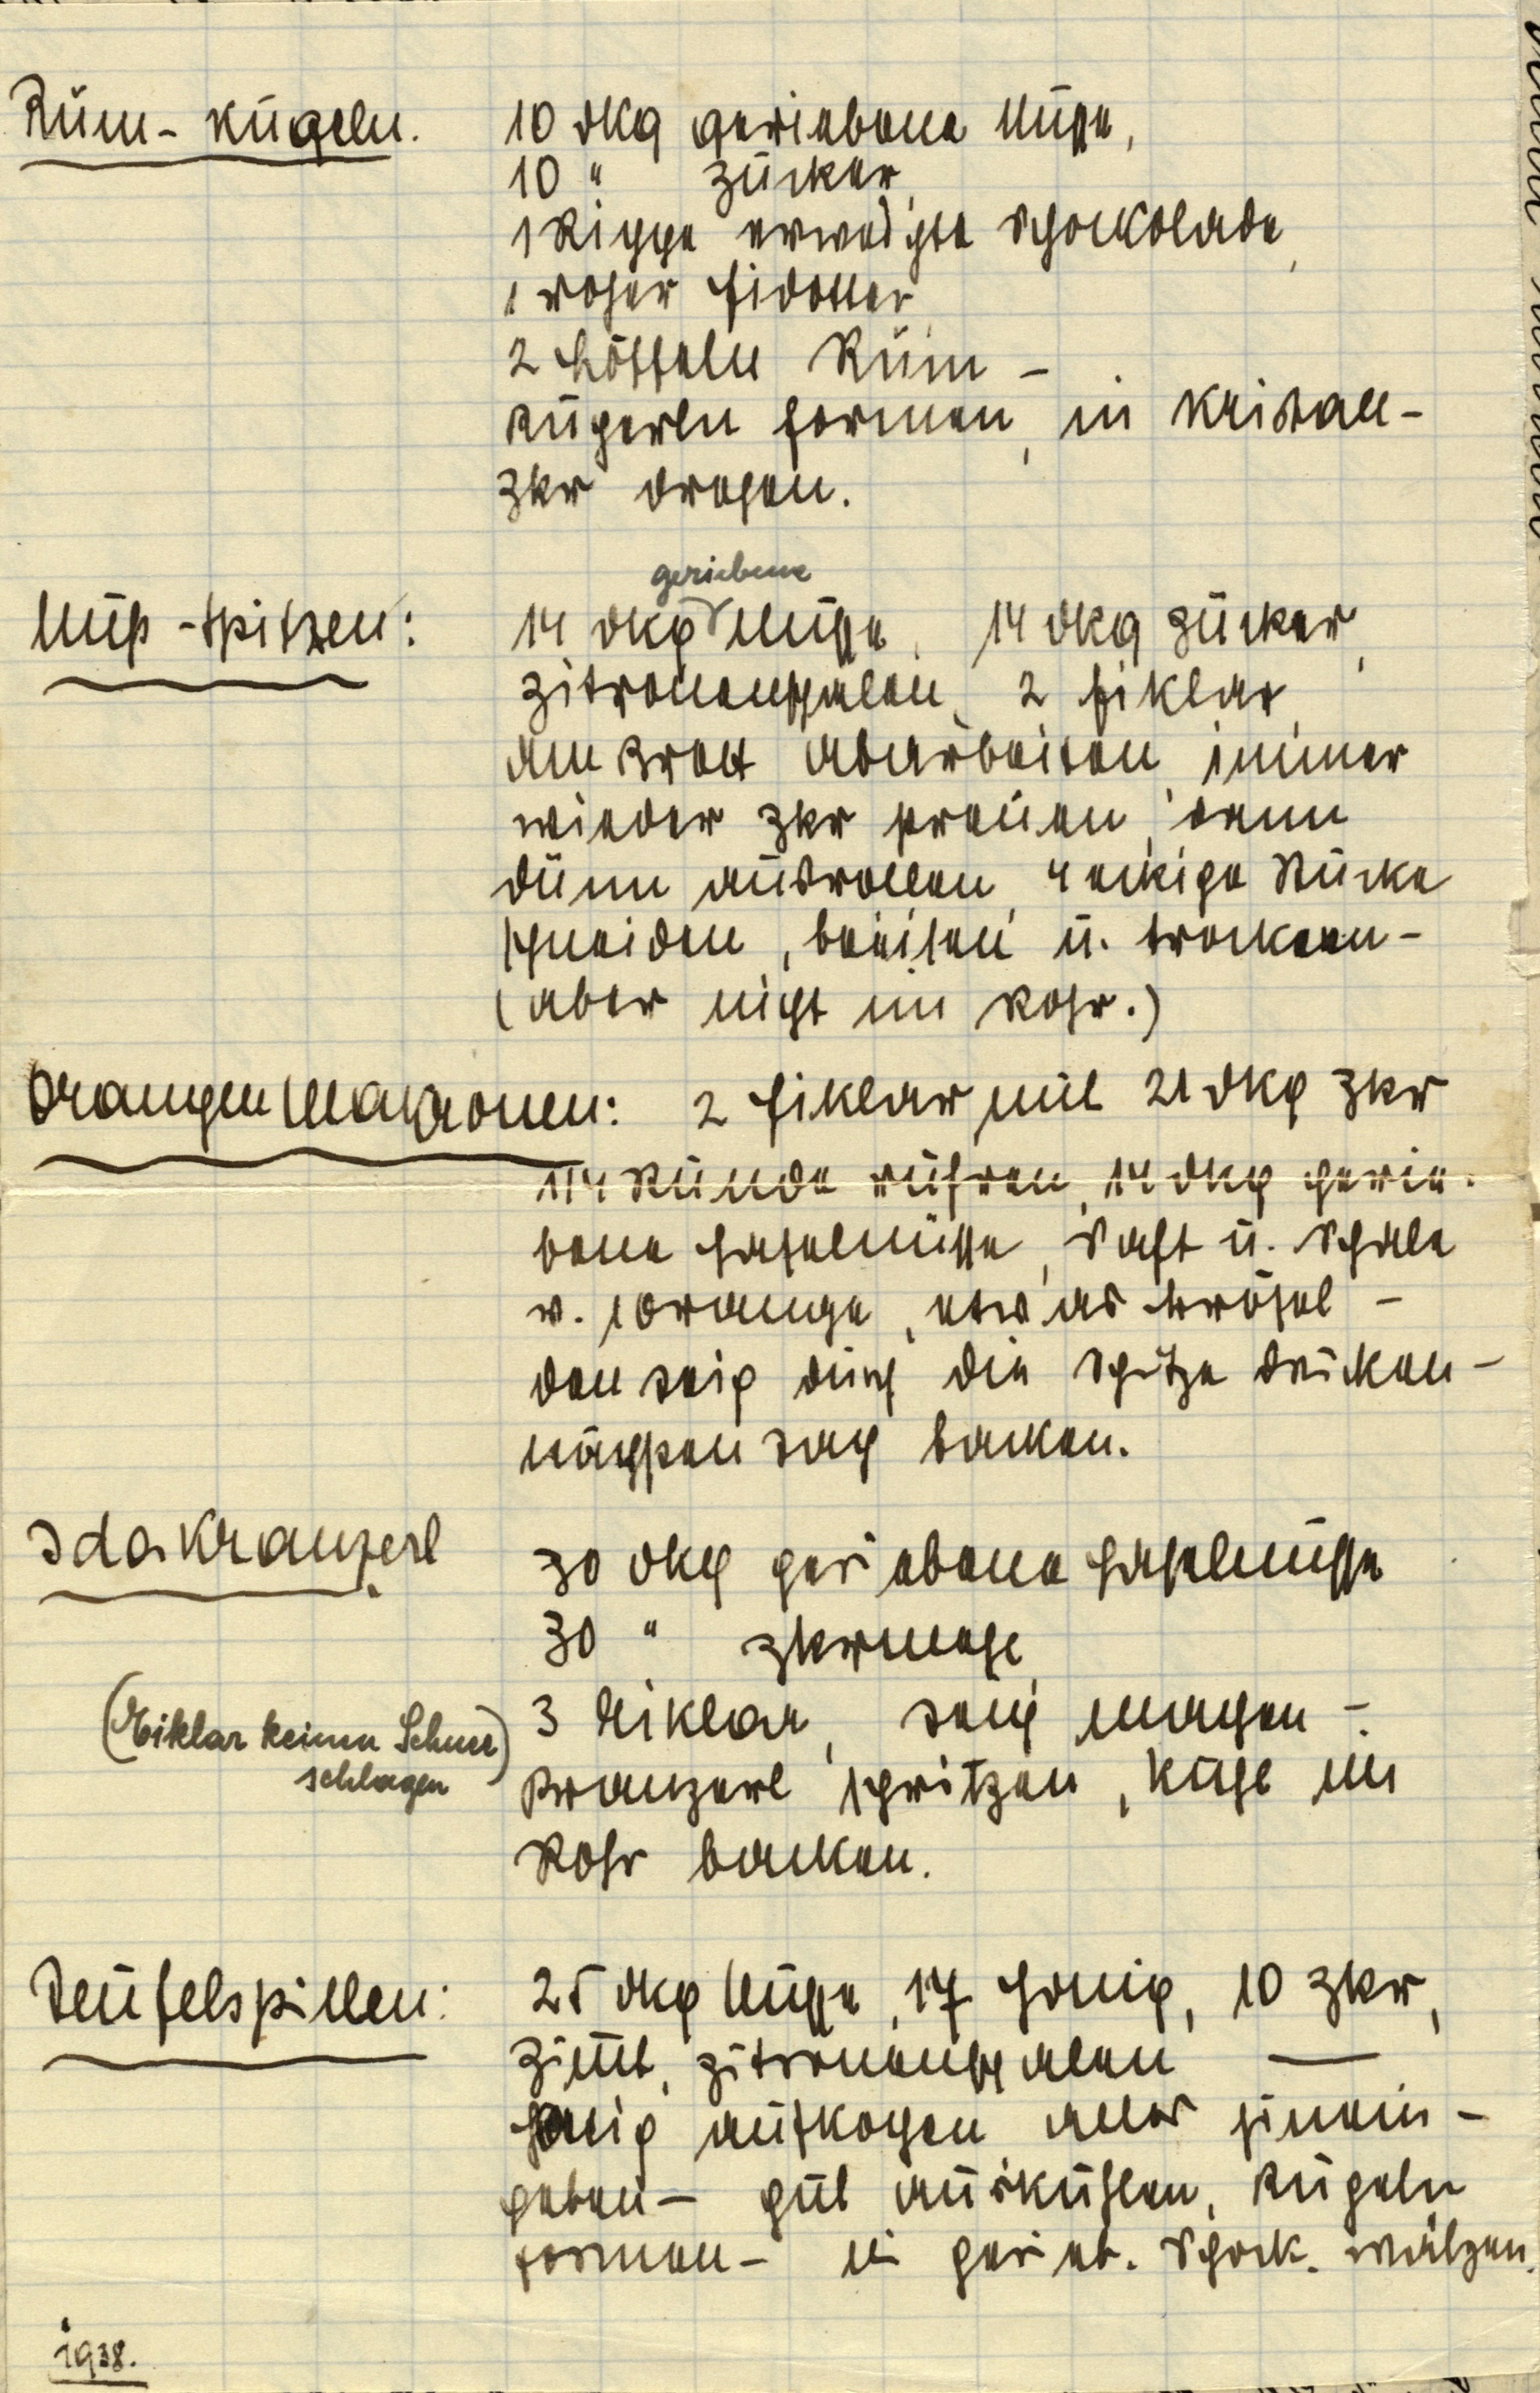
Rum-Kugeln. 10 dkg geriebene Nüsse,
10 " Zucker,
1 Rippe erweichte Schockolade,
1 roher Eidotter,
2 Löffeln Rum —
Kugerln formen, in Kristall¬
Zkr drehen.

Nuß-Spitzen: 14 dkg geriebene Nüsse, 14 dkg Zucker,
Zitronenschalen, 2 Eiklar,
am Brett abarbeiten, immer
wieder Zkr streuen, dann
dünn ausrollen, 4 eckige Stücke
schneiden, beeisen u. trocknen —
(aber nicht im Rohr.)

Orangen Makronen: 2 Eiklar mit 21 dkg Zkr
¼ Stunde rühren, 14 dkg gerie¬
bene Haselnüsse, Saft u. Schale
v. 1 Orange, etwas Brösel —
den Teig durch die Spritze drücken —
nächsten Tag backen.

Idakranzerl 30 dkg geriebene Haselnüsse
30 " Zkrmehl
3 Eiklar, Teig machen —
(Eiklar keinen Schnee)
schlagen
Kranzerl spritzen, kühl im
Rohr backen.

Teufelspillen: 25 dkg Nüsse, 17 Honig, 10 Zkr,
Zimt, Zitronenschalen —
Honig aufkochen, alles hinein¬
geben — gut auskühlen, Kugeln
formen — in gerieb. Schock. wälzen.

1938.